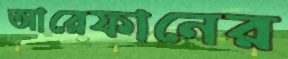
আরেফানের